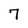
Character: 7